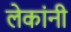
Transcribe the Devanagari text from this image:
लेकांनी